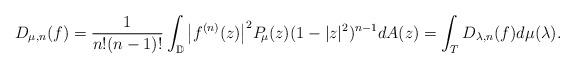
LaTeX: \begin{align*}D_{\mu,n}(f)=\frac{1}{n!(n-1)!}\displaystyle\int_{\mathbb D}\big|f^{(n)}(z)\big|^2 P_{\!\mu}(z)(1-|z|^2)^{n-1}dA(z)=\int_{\mathbb \mathbb T} D_{\lambda,n}(f) d\mu(\lambda).\end{align*}